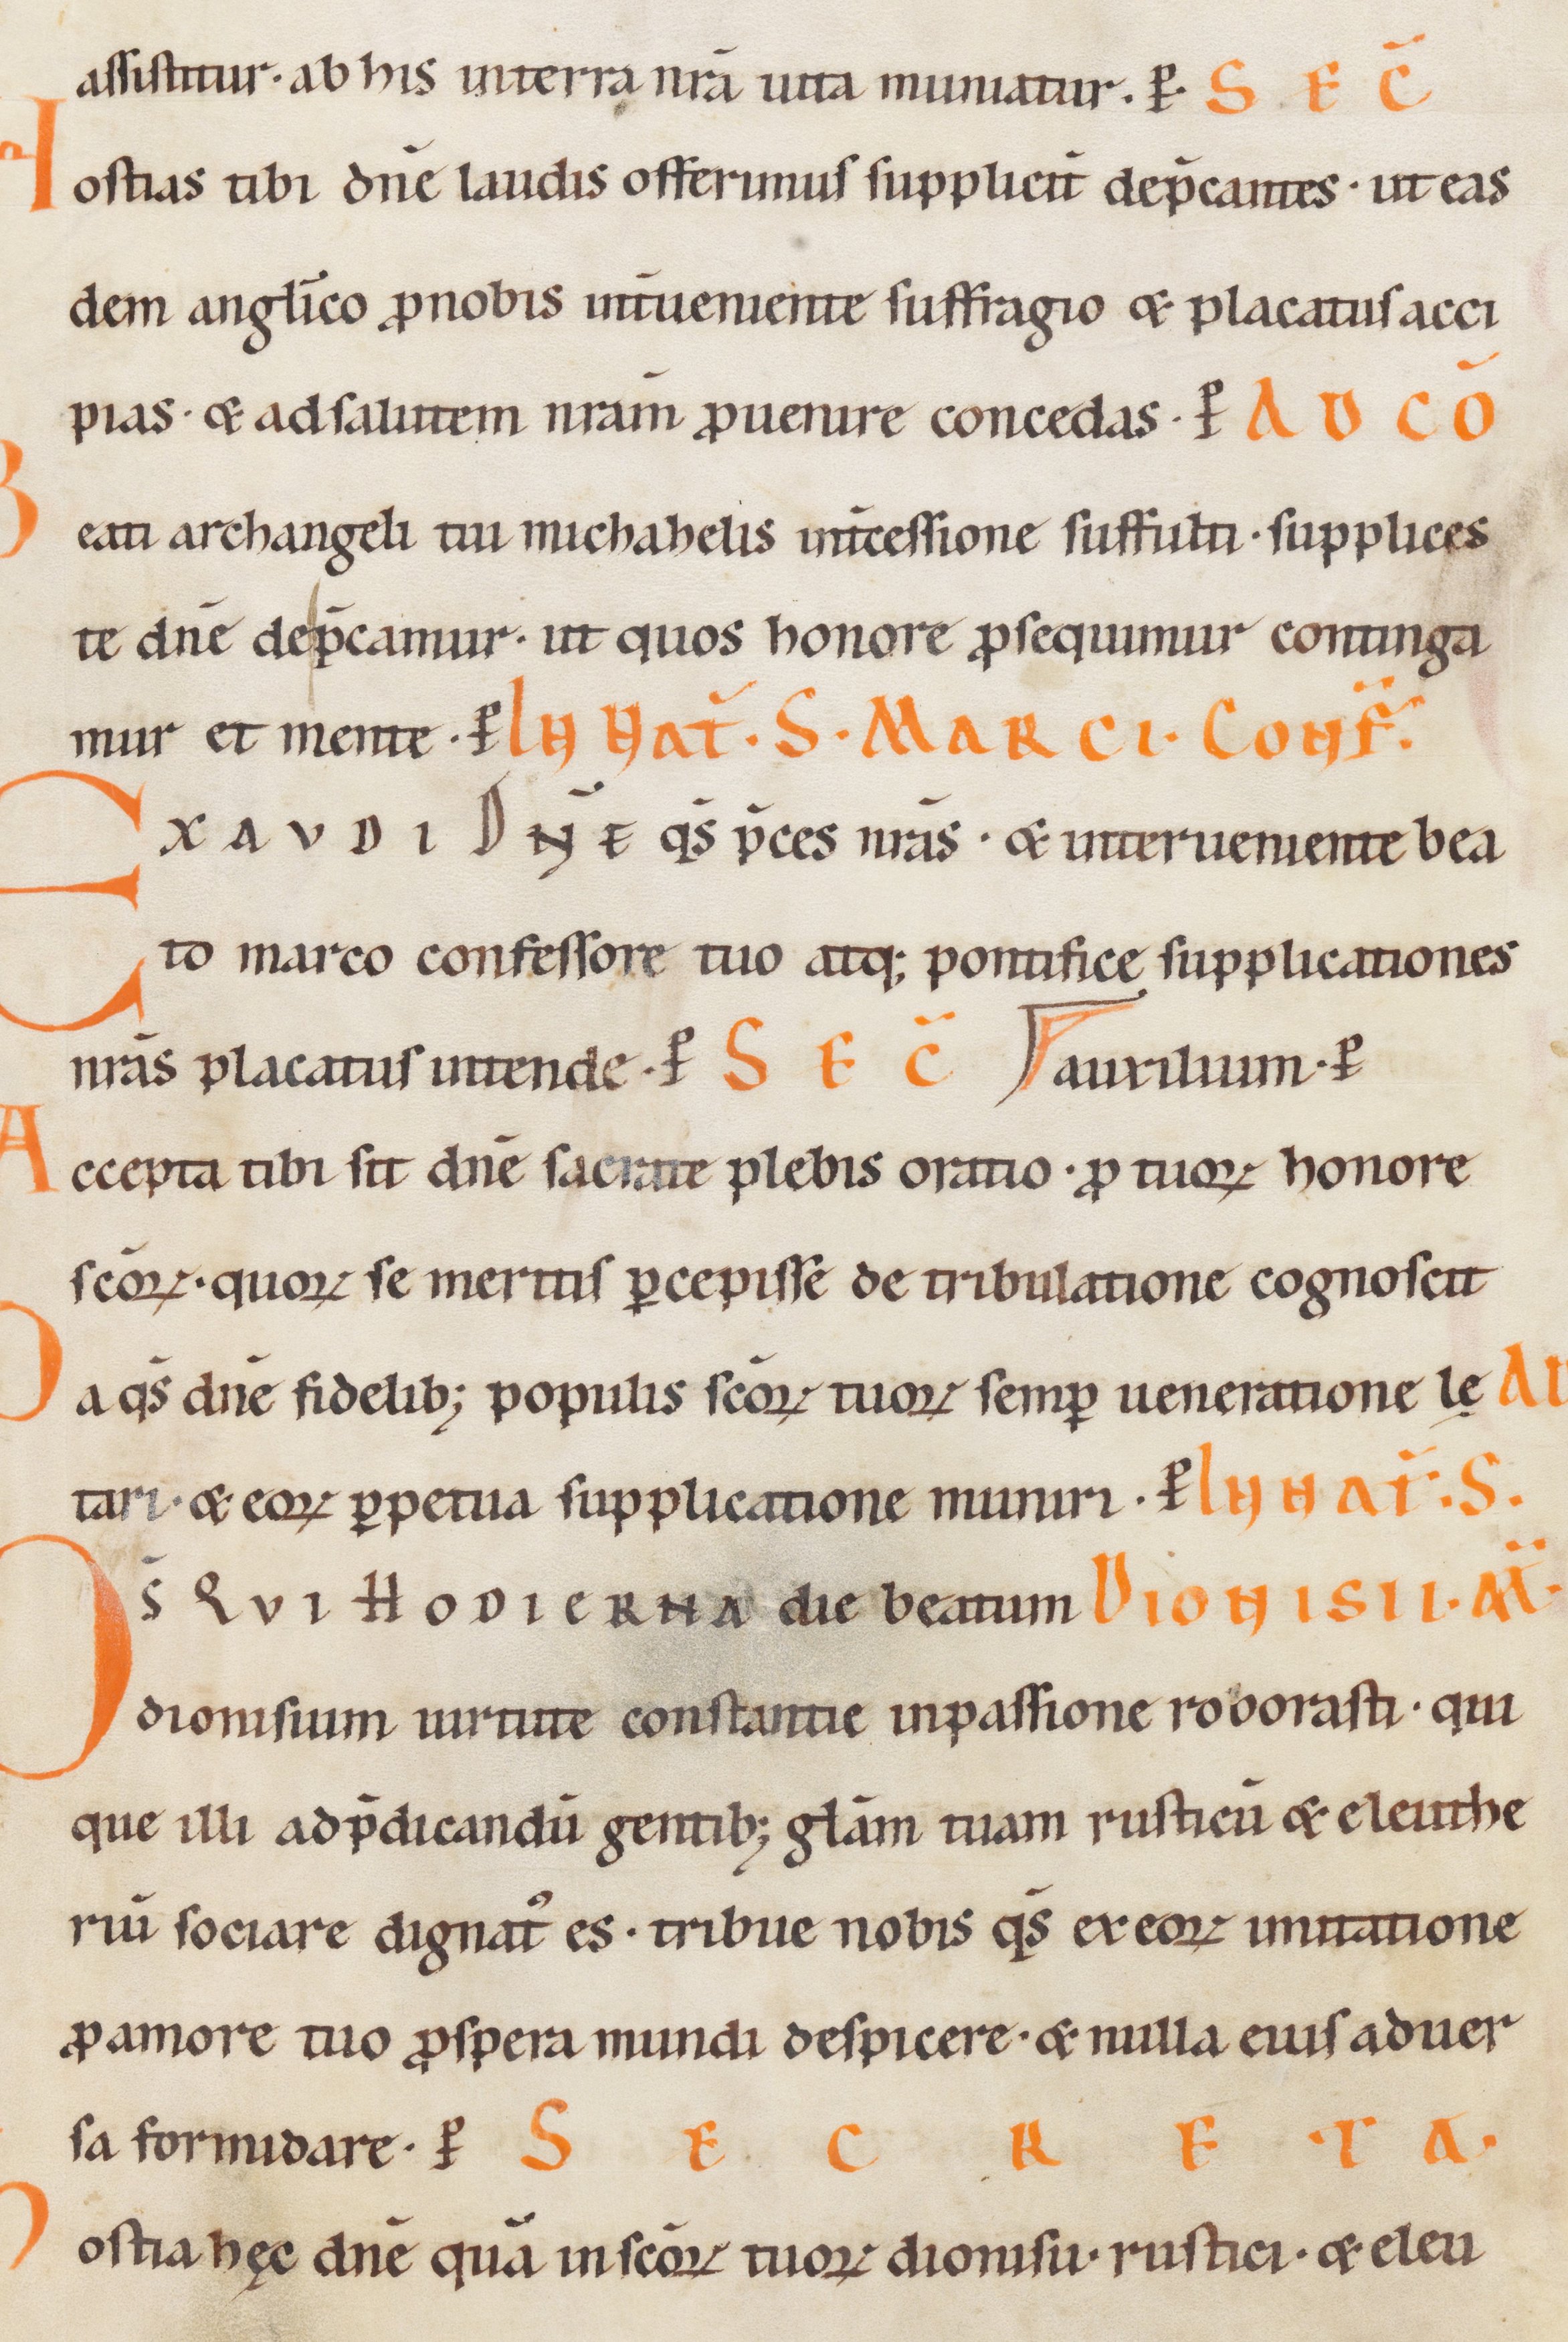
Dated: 1100–1199